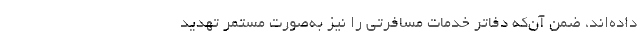
داده‌اند، ضمن آن‌که دفاتر خدمات مسافرتی را نیز به‌صورت مستمر تهدید